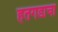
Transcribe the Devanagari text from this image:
हतगडाचा